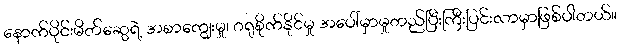
နောက်ပိုင်းမိတ်ဆွေရဲ့ အစာကျွေးမှု၊ ဂရုစိုက်နိုင်မှု အပေါ်မှာမှုတည်ပြီးကြီးပြင်းလာမှာဖြစ်ပါတယ်။